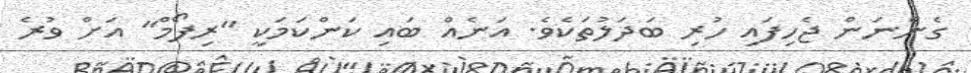
ގެންނަން ޖެހިފައި ހުރި ބަދަލުތަކެވެ. އަނެއް ބައި ކަންކަމަކީ "ރިފޯމް" އަށް ވުރެ